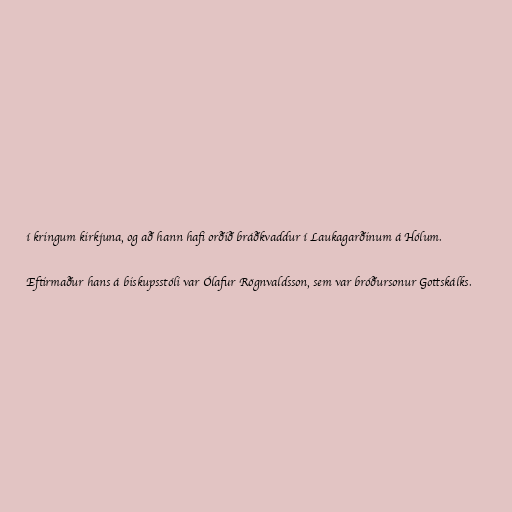
í kringum kirkjuna, og að hann hafi orðið bráðkvaddur í Laukagarðinum á Hólum.

Eftirmaður hans á biskupsstóli var Ólafur Rögnvaldsson, sem var bróðursonur Gottskálks.